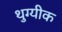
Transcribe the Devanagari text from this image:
थुग्यीक